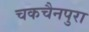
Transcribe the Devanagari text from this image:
चकचैनपुरा